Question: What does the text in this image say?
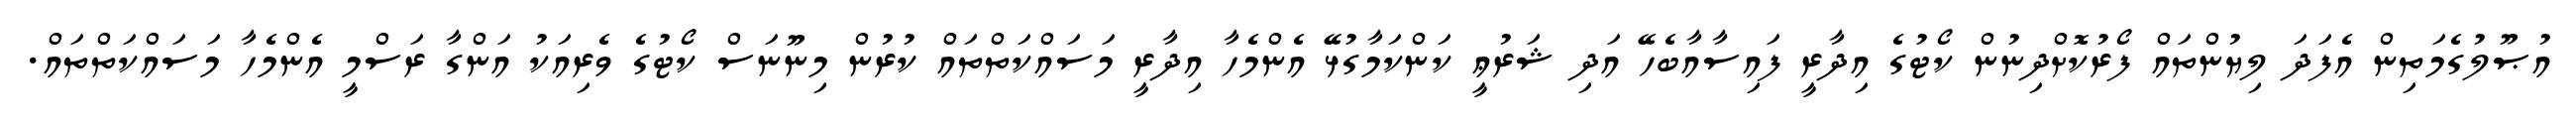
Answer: އުޞޫލުގެމަތިން އެފަދަ ލިޔުންތައް ފޯރުކޮށްދިނުން ކޯޓުގެ އިދާރީ ފައިސާއާބެހޭ އަދި ޝަރުޢީ ކަންކަމާގުޅޭ އެންމެހާ އިދާރީ މަސައްކަތްތައް ކުރުން މިނޫނަސް ކޯޓުގެ ވެރިއަކު އަންގާ ރަސްމީ އެންމެހާ މަސައްކަތްތައް.